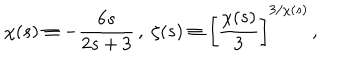
{ \chi } ( s ) \equiv - \frac { 6 s } { 2 s + 3 } \, , \; { \zeta } ( s ) \equiv \left[ \frac { { \chi } ( s ) } { 3 } \right] ^ { 3 / { \chi } ( s ) } \, ,